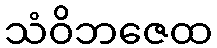
သံဝိဘဇေထ